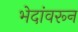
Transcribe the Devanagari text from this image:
भेदांवरून